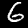
Digit: 6